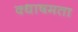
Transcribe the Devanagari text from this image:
क्धाषमता